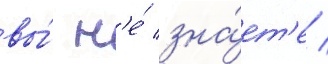
вы́ н'е́ зна́ет'е /